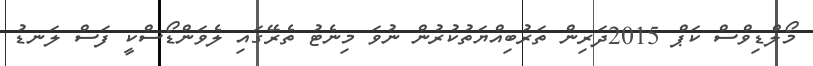
މޯލްޑިވްސް ކަޕް 2015ދަރިން ތަރުބިއްޔަތުކުރުން ނުވަ މިނެޓު ތެރޭގައި ލެވަންޑޯސްކީ ފަސް ލަނޑު